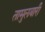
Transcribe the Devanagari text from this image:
तामुलबारी